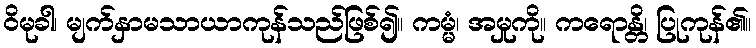
ဝိမုခါ၊ မျက်နှာမသာယာကုန်သည်ဖြစ်၍။ ကမ္မံ၊ အမှုကို။ ကရောန္တိ၊ ပြုကုန်၏။